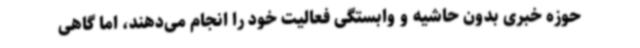
حوزه خبری بدون حاشیه و وابستگی فعالیت خود را انجام می‌دهند، اما گاهی